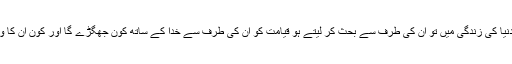
بھلا تم لوگ دنیا کی زندگی میں تو ان کی طرف سے بحث کر لیتے ہو قیامت کو ان کی طرف سے خدا کے ساتھ کون جھگڑے گا اور کون ان کا وکیل بنے گا؟